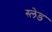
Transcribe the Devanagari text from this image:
स्‍लेड